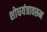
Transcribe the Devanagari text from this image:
शोधयंत्रावरून